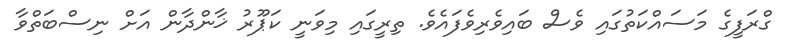
ގްރަފީގެ މަސައްކަތުގައި ވެސް ބައިވެރިވެފައެވެ. ތިރީގައި މިވަނީ ކަޕޫރު ޚާންދާން އަށް ނިސްބަތްވާ